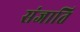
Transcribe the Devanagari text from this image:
संजाति